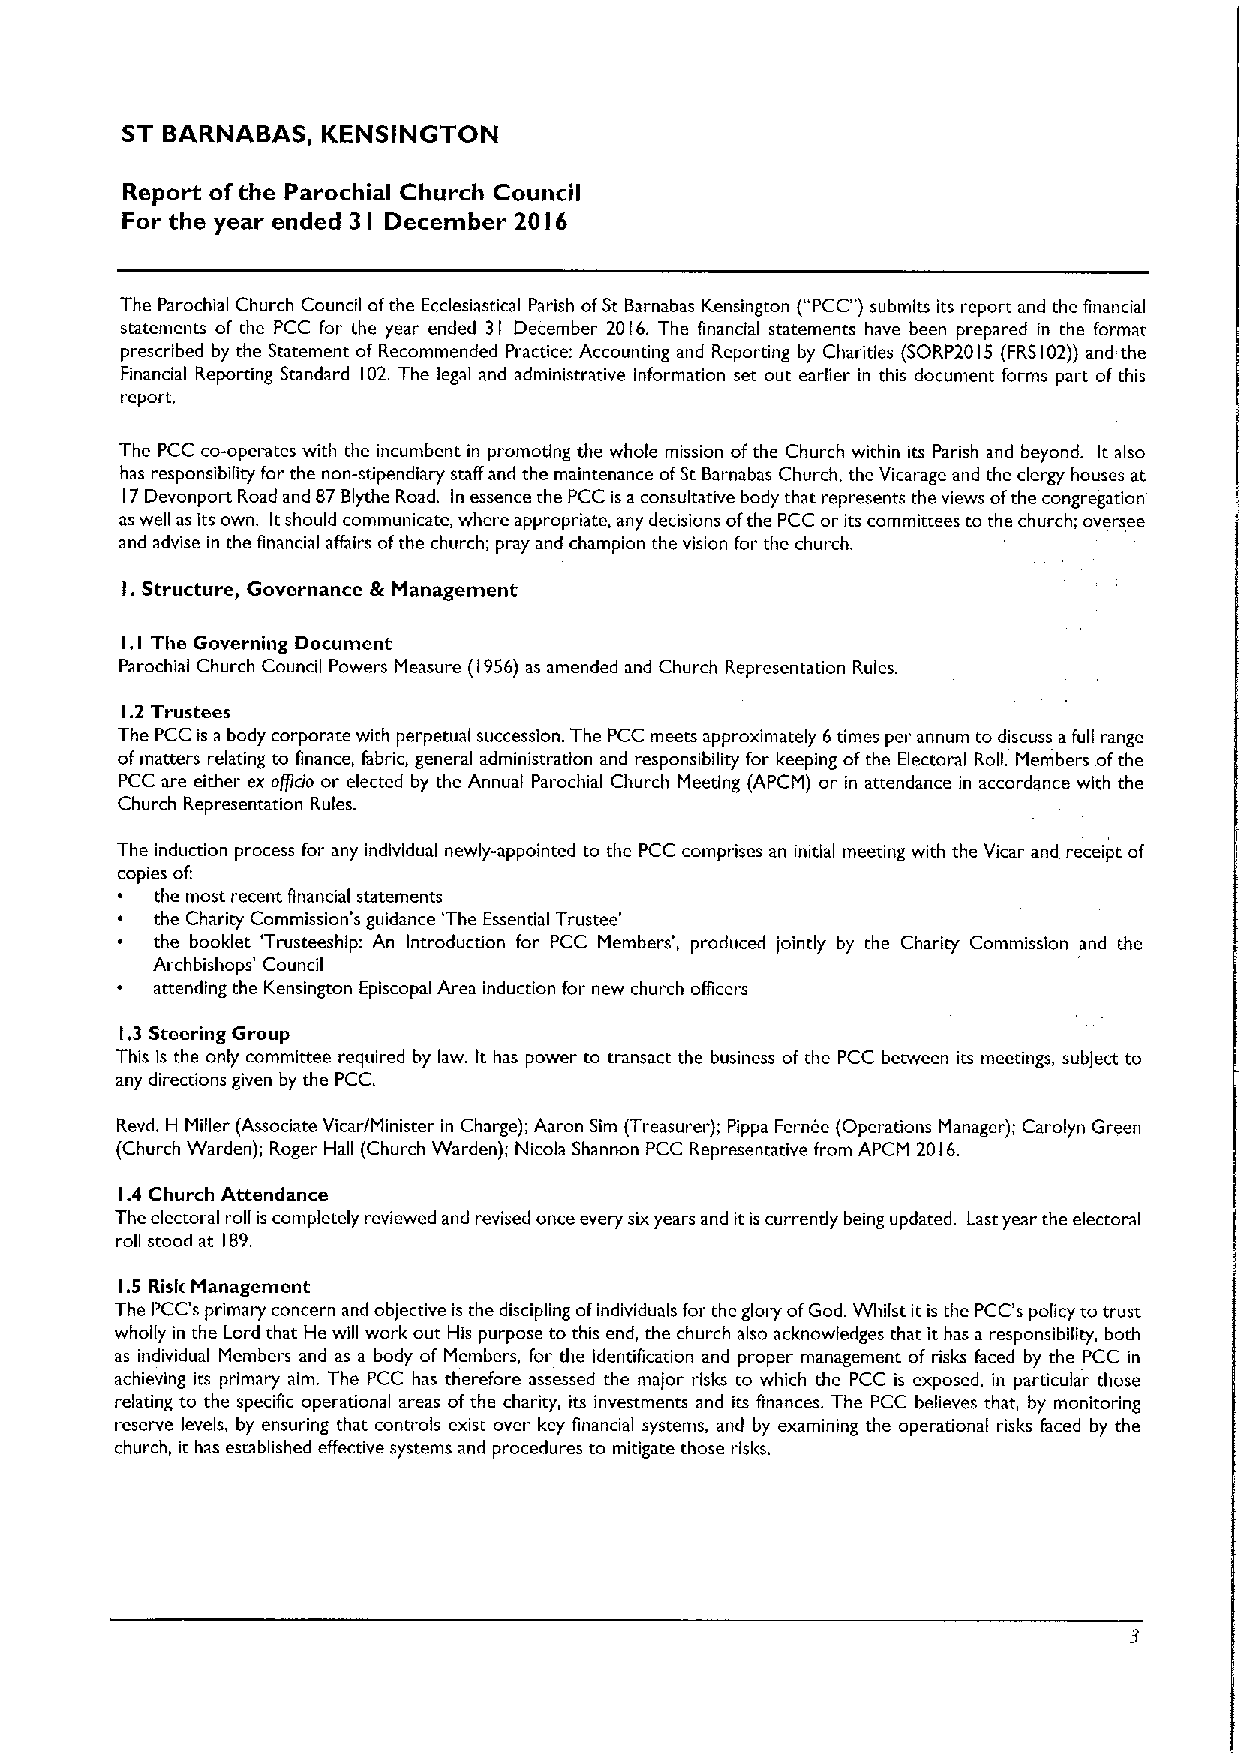
ST BARNABAS, KENSINGTON
 Report ofthe Parochial Church Council
 For the year ended 3
 I
 December 20 I6
 The Parochial Church Council ofthe Ecclesiastical Parish ofSt Barnabas Kensington ("PCC")submits its report and the financial
 statements of the PCC for the year ended 31 December 2016. The financial statements have been prepared in the format
 prescribed by the Statement of Recommended Practice: Accounting and Reporting by Charities (SORP2015 (FRS102))and the
 Financial Reporting Standard 102.The legal and administrative information set out earlier in this document forms part ofthis
 report.
 The PCC co-operates with the incumbent in promoting the whole mission ofthe Church within its Parish and beyond. It also
 has responsibility for the non-stipendiary staff and the maintenance ofSt Barnabas Church, the Vicarage and the clergy houses at
 17Devonport Road and 87Blythe Road. In essence the PCC is aconsultative body that represents the views ofthe congregation
 as well as its own. Itshould communicate, where appropriate, any decisions ofthe PCC or its committees to the church; oversee
 and advise in the financial affairs ofthe church; pray and champion the vision for the church.
 I.Structure, Governance &Management
 I. I The Governing Document
 Parochial Church Council Powers Measure (1956)as amended and Church Representation Rules.
 1.2 Trustees
 The PCC is abody corporate with perpetual succession. The PCC meets approximately 6times per annum to discuss afull range
 ofmatters relating to finance, fabric, general administration and responsibility for keeping ofthe Electoral Roll. Members ofthe
 PCC are either ex officio or elected by the Annual Parochial Church Meeting (APCM) or in attendance in accordance with the
 Church Representation Rules.
 The induction process for any individual newly-appointed to the PCC comprises an initial meeting with the Vicar and receipt of
 copies of:
 the most recent ffnancial statements
 the Charity Commission's guidance 'The Essential Trustee'
 the booklet 'Trusteeship: An Introduction for PCC Members', produced jointly by the Charity Commission and the
 Archbishops' Council
 attending the Kensington Episcopal Area induction for new church officers
 1,3 Steering Group
 This is the only committee required by law. It has power to transact the business ofthe PCC between its meetings, subject to
 any directions given by the PCC.
 Revd. H Miller (Associate Vicar/Minister in Charge); Aaron Sim (Treasurer); Pippa Fernee (Operations Manager); Carolyn Green
 (Church Warden); Roger Hall (Church Warden); Nicola Shannon PCC Representative from APCM 2016.
 1.4 Church Attendance
 The electoral roll is completely reviewed and revised once every sixyears and itis currently being updated. Last year the electoral
 roll stood at 189.
 1.5 Risk Management
 The PCC's primary concern and objective is the discipling ofindividuals for the glory ofGod. Whilst it is the PCC's policy to trust
 wholly in the Lord that He will work out His purpose to this end, the church also acknowledges that it has a responsibility, both
 as individual Members and as a body of Members, for the identification and proper management of risks faced by the PCC in
 achieving its primary aim. The PCC has therefore assessed the major risks to which the PCC is exposed, in particular those
 relating to the specific operational areas ofthe charity, its investments and its finances. The PCC believes that, by monitoring
 reserve levels, by ensuring that controls exist over key financial systems, and by examining the operational risks faced by the
 church, it has established effective systems and procedures to mitigate those risks.